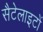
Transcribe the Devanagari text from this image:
सैटेलाइटों